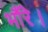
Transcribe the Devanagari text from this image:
भौंरे।